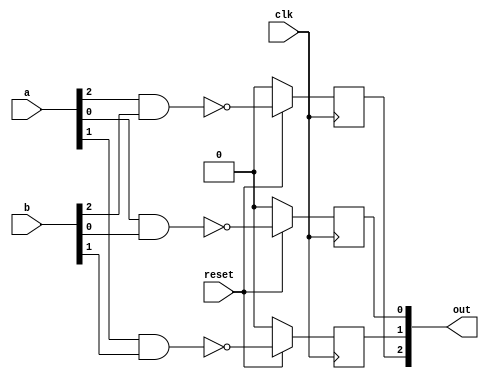
module dut #(
  parameter BITS = 4
)
(
  input clk,reset,
  input [BITS - 1:0] a,b,
  output [BITS - 1:0] out
);
  reg [BITS - 1:0] data;
  genvar i;
   generate
     for(i=0;i < BITS -1; i =i+1)
       begin
          always @ (posedge clk)
          begin
            if(!reset)
                data[i] <= 0;
              else
                 data[i] <= !(a[i] & b[i]);
              end
         end
    endgenerate
  assign out = data;
 endmodule